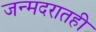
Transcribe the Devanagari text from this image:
जन्मदरातही